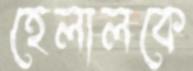
হেলালকে